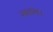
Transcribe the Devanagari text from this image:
अक्षांश।